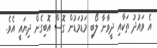
އެ ވައުދު ތަކާއި ދީވާނާ ލޯބި މަޑުމަޑުން ގޮސް އޮބިގެން ދިޔައީ އެވެ.